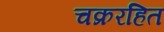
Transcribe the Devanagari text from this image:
चक्ररहित